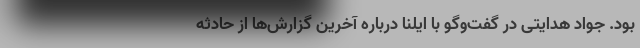
بود. جواد هدایتی در گفت‌وگو با ایلنا درباره آخرین گزارش‌ها از حادثه